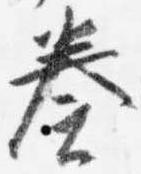
奏